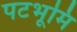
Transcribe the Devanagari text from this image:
पटभूमि